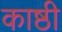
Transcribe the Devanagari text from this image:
काष्ठी